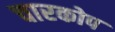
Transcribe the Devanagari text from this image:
चारकोप